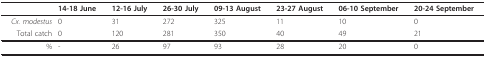
<table><thead><tr><td></td><td><b>14-18 June</b></td><td><b>12-16 July</b></td><td><b>26-30 July</b></td><td><b>09-13 August</b></td><td><b>23-27 August</b></td><td><b>06-10 September</b></td><td><b>20-24 September</b></td></tr></thead><tbody><tr><td><i>Cx. modestus</i></td><td>0</td><td>31</td><td>272</td><td>325</td><td>11</td><td>10</td><td>0</td></tr><tr><td>Total catch</td><td>0</td><td>120</td><td>281</td><td>350</td><td>40</td><td>49</td><td>21</td></tr><tr><td>%</td><td>-</td><td>26</td><td>97</td><td>93</td><td>28</td><td>20</td><td>0</td></tr></tbody></table>